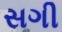
સગી